Indian journal of veterinary science and animal husbandry - Volume 4,
Year: 1934
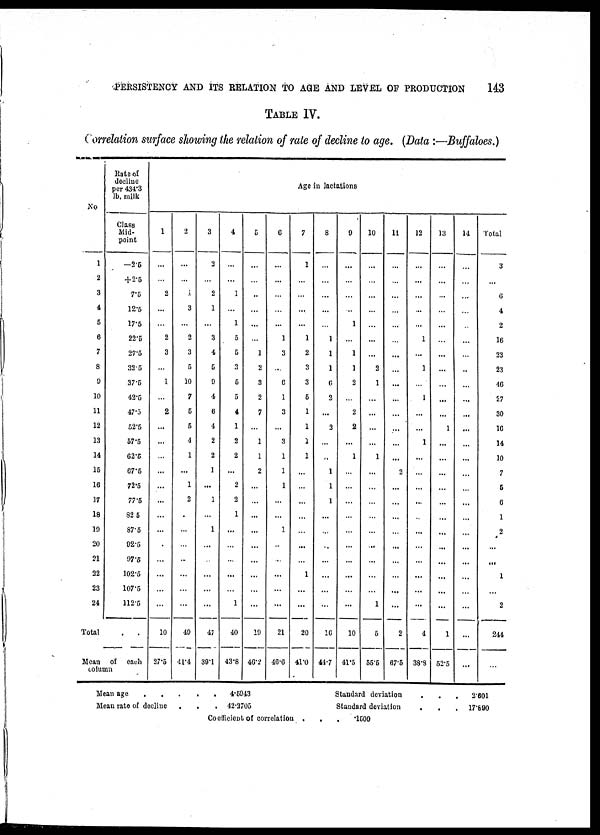
PERSISTENCY AND ITS RELATION TO AGE AND LEVEL OF PRODUCTION
143
TABLE IV.
Correlation surface showing the relation of rate of decline to age. (Data :—Buffaloes.)
No
1
2
3
4
5
6
7
8
9
10
11
12
13
14
15
16
17
18
19
20
21
22
23
24
Total
Rate of
decline
per 434.3
lb. milk
Class
Mid-
point
-2.5
+2.5
7.5
12.5
17.5
22.5
27.5
32.5
37.5
42.5
47.5
52.5
57.5
62.5
67.5
72.5
77.5
82.5
87.5
92.5
97.5
102.5
107.5
112.5
. .
Mean of each
column
1
...
...
2
...
...
2
3
...
1
...
2
...
...
...
...
...
...
...
...
...
...
...
...
10
27.5
2
...
...
1
3
...
2
3
5
10
7
5
5
4
1
...
1
2
...
...
...
...
...
...
49
41.4
3
3
...
2
1
...
3
4
5
9
4
6
4
2
2
1
...
1
...
1
...
...
...
...
...
47
39.1
4
...
...
1
...
1
5
5
3
5
5
4
1
2
2
...
2
2
1
...
...
...
...
...
1
40
43.8
5
...
...
...
...
...
...
1
2
3
2
7
...
1
1
2
...
...
...
...
...
...
...
...
19
46.2
Age in lactations
6
...
...
...
...
...
1
3
...
6
1
3
...
3
1
1
1
...
...
1
...
...
...
...
...
21
46.6
7
1
...
...
...
...
1
2
3
3
5
1
1
1
1
...
...
...
...
...
...
...
1
...
...
20
41.0
8
...
...
...
...
...
1
1
1
6
2
...
3
...
...
1
1
1
...
...
...
...
...
...
16
44.7
9
...
...
...
...
1
...
1
1
2
...
2
2
...
1
...
...
...
...
...
...
...
...
...
...
10
41.5
10
...
...
...
...
...
...
...
2
1
...
...
...
...
1
...
...
...
...
...
...
...
...
...
1
5
55.5
11
...
...
...
...
...
...
...
...
...
...
...
...
...
...
2
...
...
...
...
...
...
...
...
2
67.5
12
...
...
...
...
...
1
...
1
...
1
...
...
1
...
...
...
...
...
...
...
...
...
...
...
4
38.9
13
...
...
...
...
...
...
...
...
...
...
...
1
...
...
...
...
...
...
...
...
...
...
...
...
1
52.5
14
...
...
...
...
...
...
...
...
...
...
...
...
...
...
...
...
...
...
...
...
...
...
...
...
...
...
Total
3
...
6
4
2
16
23
23
46
27
30
16
14
10
7
5
6
1
2
...
...
1
...
2
244
...
Mean age
.
.
.
.
.
4.5943
Mean rate of decline
. . . 42.2705
Standard deviation
. . . 2.601
Standard deviation
. . . 17.890
Coefficient of correlation .
.
.
.1500